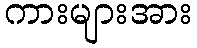
ကားများအား